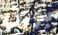
بوزن